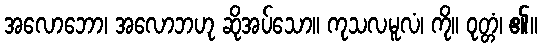
အလောဘော၊ အလောဘဟု ဆိုအပ်သော။ ကုသလမူလံ၊ ကို။ ဝုတ္တံ၊ ၏။